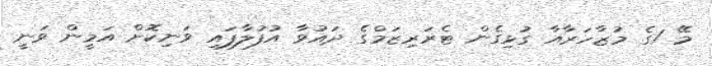
މޭ 1ގެ މުޒާހަރާއާ ގުޅިގެން ޓެރަރިޒަމްގެ ދައުވާ އުފުލާފައި ވަނިކޮށް އަމީން ވަނީ